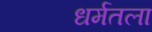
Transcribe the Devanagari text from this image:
धर्मतला